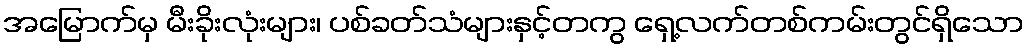
အမြောက်မှ မီးခိုးလုံးများ၊ ပစ်ခတ်သံများနှင့်တကွ ရှေ့လက်တစ်ကမ်းတွင်ရှိသော